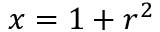
x = 1 + r ^ { 2 }